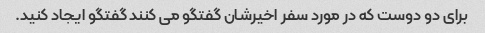
برای دو دوست که در مورد سفر اخیرشان گفتگو می کنند گفتگو ایجاد کنید.